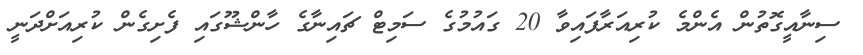
ސިނާއީގޮތުން އެންމެ ކުރިއަރާފައިވާ 20 ގައުމުގެ ސަމިޓް ޗައިނާގެ ހާންޝޫގައި ފެށިގެން ކުރިއަށްދަނީ